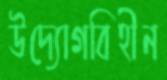
উদ্যোগবিহীন